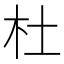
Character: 杜